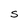
Character: S